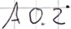
Text: A0.2